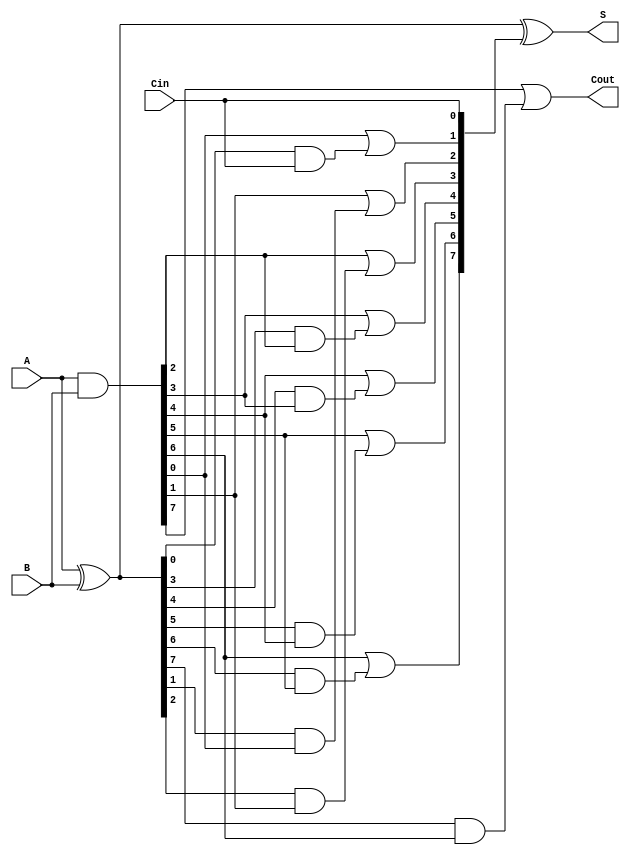
module Sklansky_Adder #(parameter N = 8) (
    input  [N-1:0] A,     // First n-bit binary number
    input  [N-1:0] B,     // Second n-bit binary number
    input         Cin,     // Carry-in
    output [N-1:0] S,      // Sum output
    output        Cout      // Carry-out
);

    // Generate and Propagate signals
    wire [N-1:0] G; // Generate signals
    wire [N-1:0] P; // Propagate signals
    wire [N:0] C;    // Carry signals (C[0] = Cin)

    // Generate and Propagate calculation
    assign G = A & B;           // G_i = A_i AND B_i
    assign P = A ^ B;           // P_i = A_i XOR B_i

    // Carry calculations
    assign C[0] = Cin;          // Carry-in

    // Level 1 Carry calculations
    generate
        genvar i;
        for (i = 0; i < N; i = i + 1) begin : carry_level1
            if (i == 0) begin
                assign C[i+1] = G[i] | (P[i] & C[0]);  // C1
            end else begin
                assign C[i+1] = G[i] | (P[i] & G[i-1]);  // C2, C3, ...
            end
        end
    endgenerate

    // Level 2 Carry calculations can be implemented if needed based on depth
    // In Sklansky, you combine the results into further levels if required.
    // This simple example primarily shows a basic implementation up to level 1.

    // Sum calculation
    assign S = P ^ C[N-1:0]; // S_i = P_i XOR C_i

    // Final Carry-out
    assign Cout = C[N]; // The final carry-out

endmodule